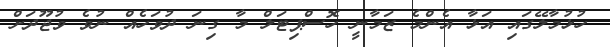
ހުޅުމާލޭގައި އަޅާ އެންމެ ޒަމާނީ ހޮސްޕިޓަލް މާ ގިނަ ދުވަހެއް ނުވެ ވުޖޫދަށް